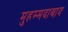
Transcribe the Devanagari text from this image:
मुहम्‍मदाबाद